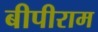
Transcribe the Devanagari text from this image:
बीपीराम